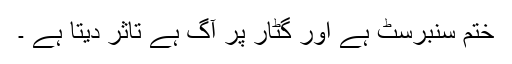
ختم سنبرسٹ ہے اور گٹار پر آگ ہے تاثر دیتا ہے ۔